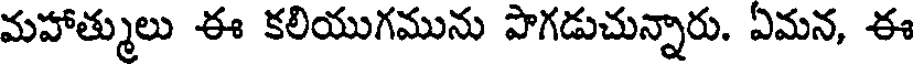
మహాత్ములు ఈ కలియుగమును పొగడుచున్నారు. ఏమన, ఈ